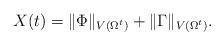
LaTeX: \begin{align*}X(t)=\|\Phi\|_{V(\Omega^t)}+\|\Gamma\|_{V(\Omega^t)}.\end{align*}